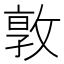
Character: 𭣾